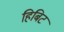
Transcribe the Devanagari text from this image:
हिबिट